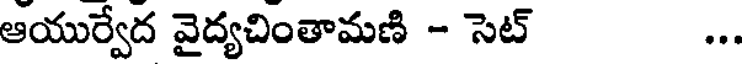
ఆయుర్వేద వైద్యచింతామణి - సెట్ ...